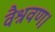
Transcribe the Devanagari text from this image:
वैश्रवण।